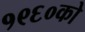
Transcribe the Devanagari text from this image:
१९६०को